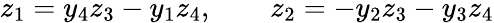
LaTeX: z_{1}=y_{4}z_{3}-y_{1}z_{4},\qquad z_{2}=-y_{2}z_{3}-y_{3}z_{4}